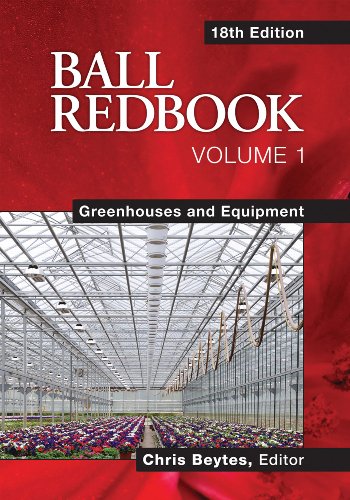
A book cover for Ball RedBook: Greenhouses and Equipment; Crafts, Hobbies & Home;